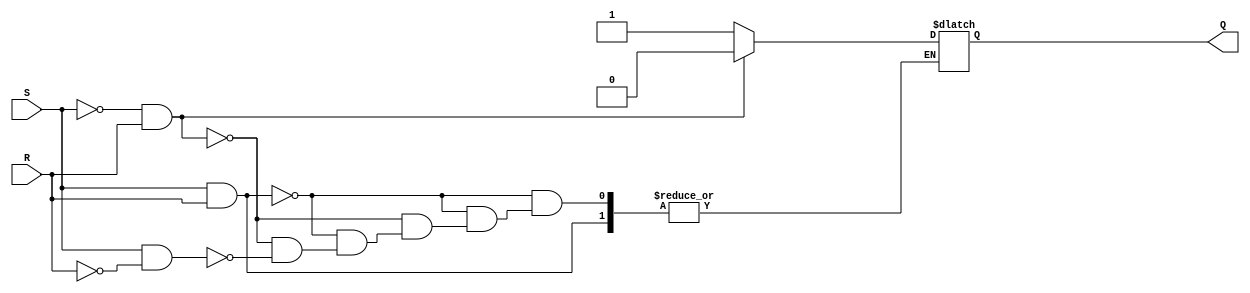
module latchsr (
    output wire Q,
    input wire R, S 
);
    reg rQ = 1'b0; // Inicializao explicita

    always @(S or R) begin
        if (S && R)
            rQ = rQ; // Mantm o valor atual de rQ
        else if (!S && R)
            rQ = 1'b0;
        else if (S && !R)
            rQ = 1'b1;
    end

    assign Q = rQ; 
endmodule